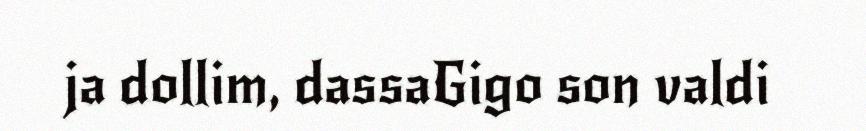
ja dollim, dassaGigo son valdi